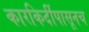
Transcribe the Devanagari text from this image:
कारकिर्दीपासूनच